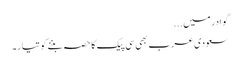
گوادر میں...
سعودی عرب بھی سی پیک کا حصہ بننے کو تیار۔